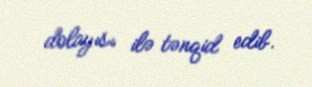
dolayısı ilə tənqid edib.